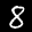
Digit: 8